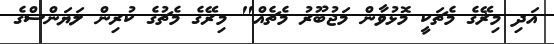
އަދި މިޜޭގެ މެޗަކީ މޮޅުވާން މަޖުބޫރު މެޗެއް" މިރޭގެ މެޗުގެ ކުރިން ލަޔަންސްގެ